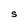
Character: S